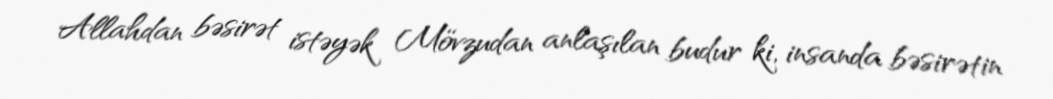
Allahdan bəsirət istəyək Mövzudan anlaşılan budur ki, insanda bəsirətin